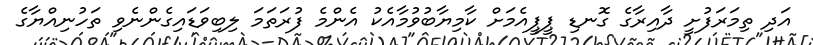
އަދި ތިމަރަފުށީ ދާއިރާގެ ގޮނޑި ޕީޕީއެމަށް ކާމިޔާބުވުމާއެކު އެންމެ ފުރަތަމަ ލިބިވަޑައިގެންނެވި ތަހުނިއްޔާގެ